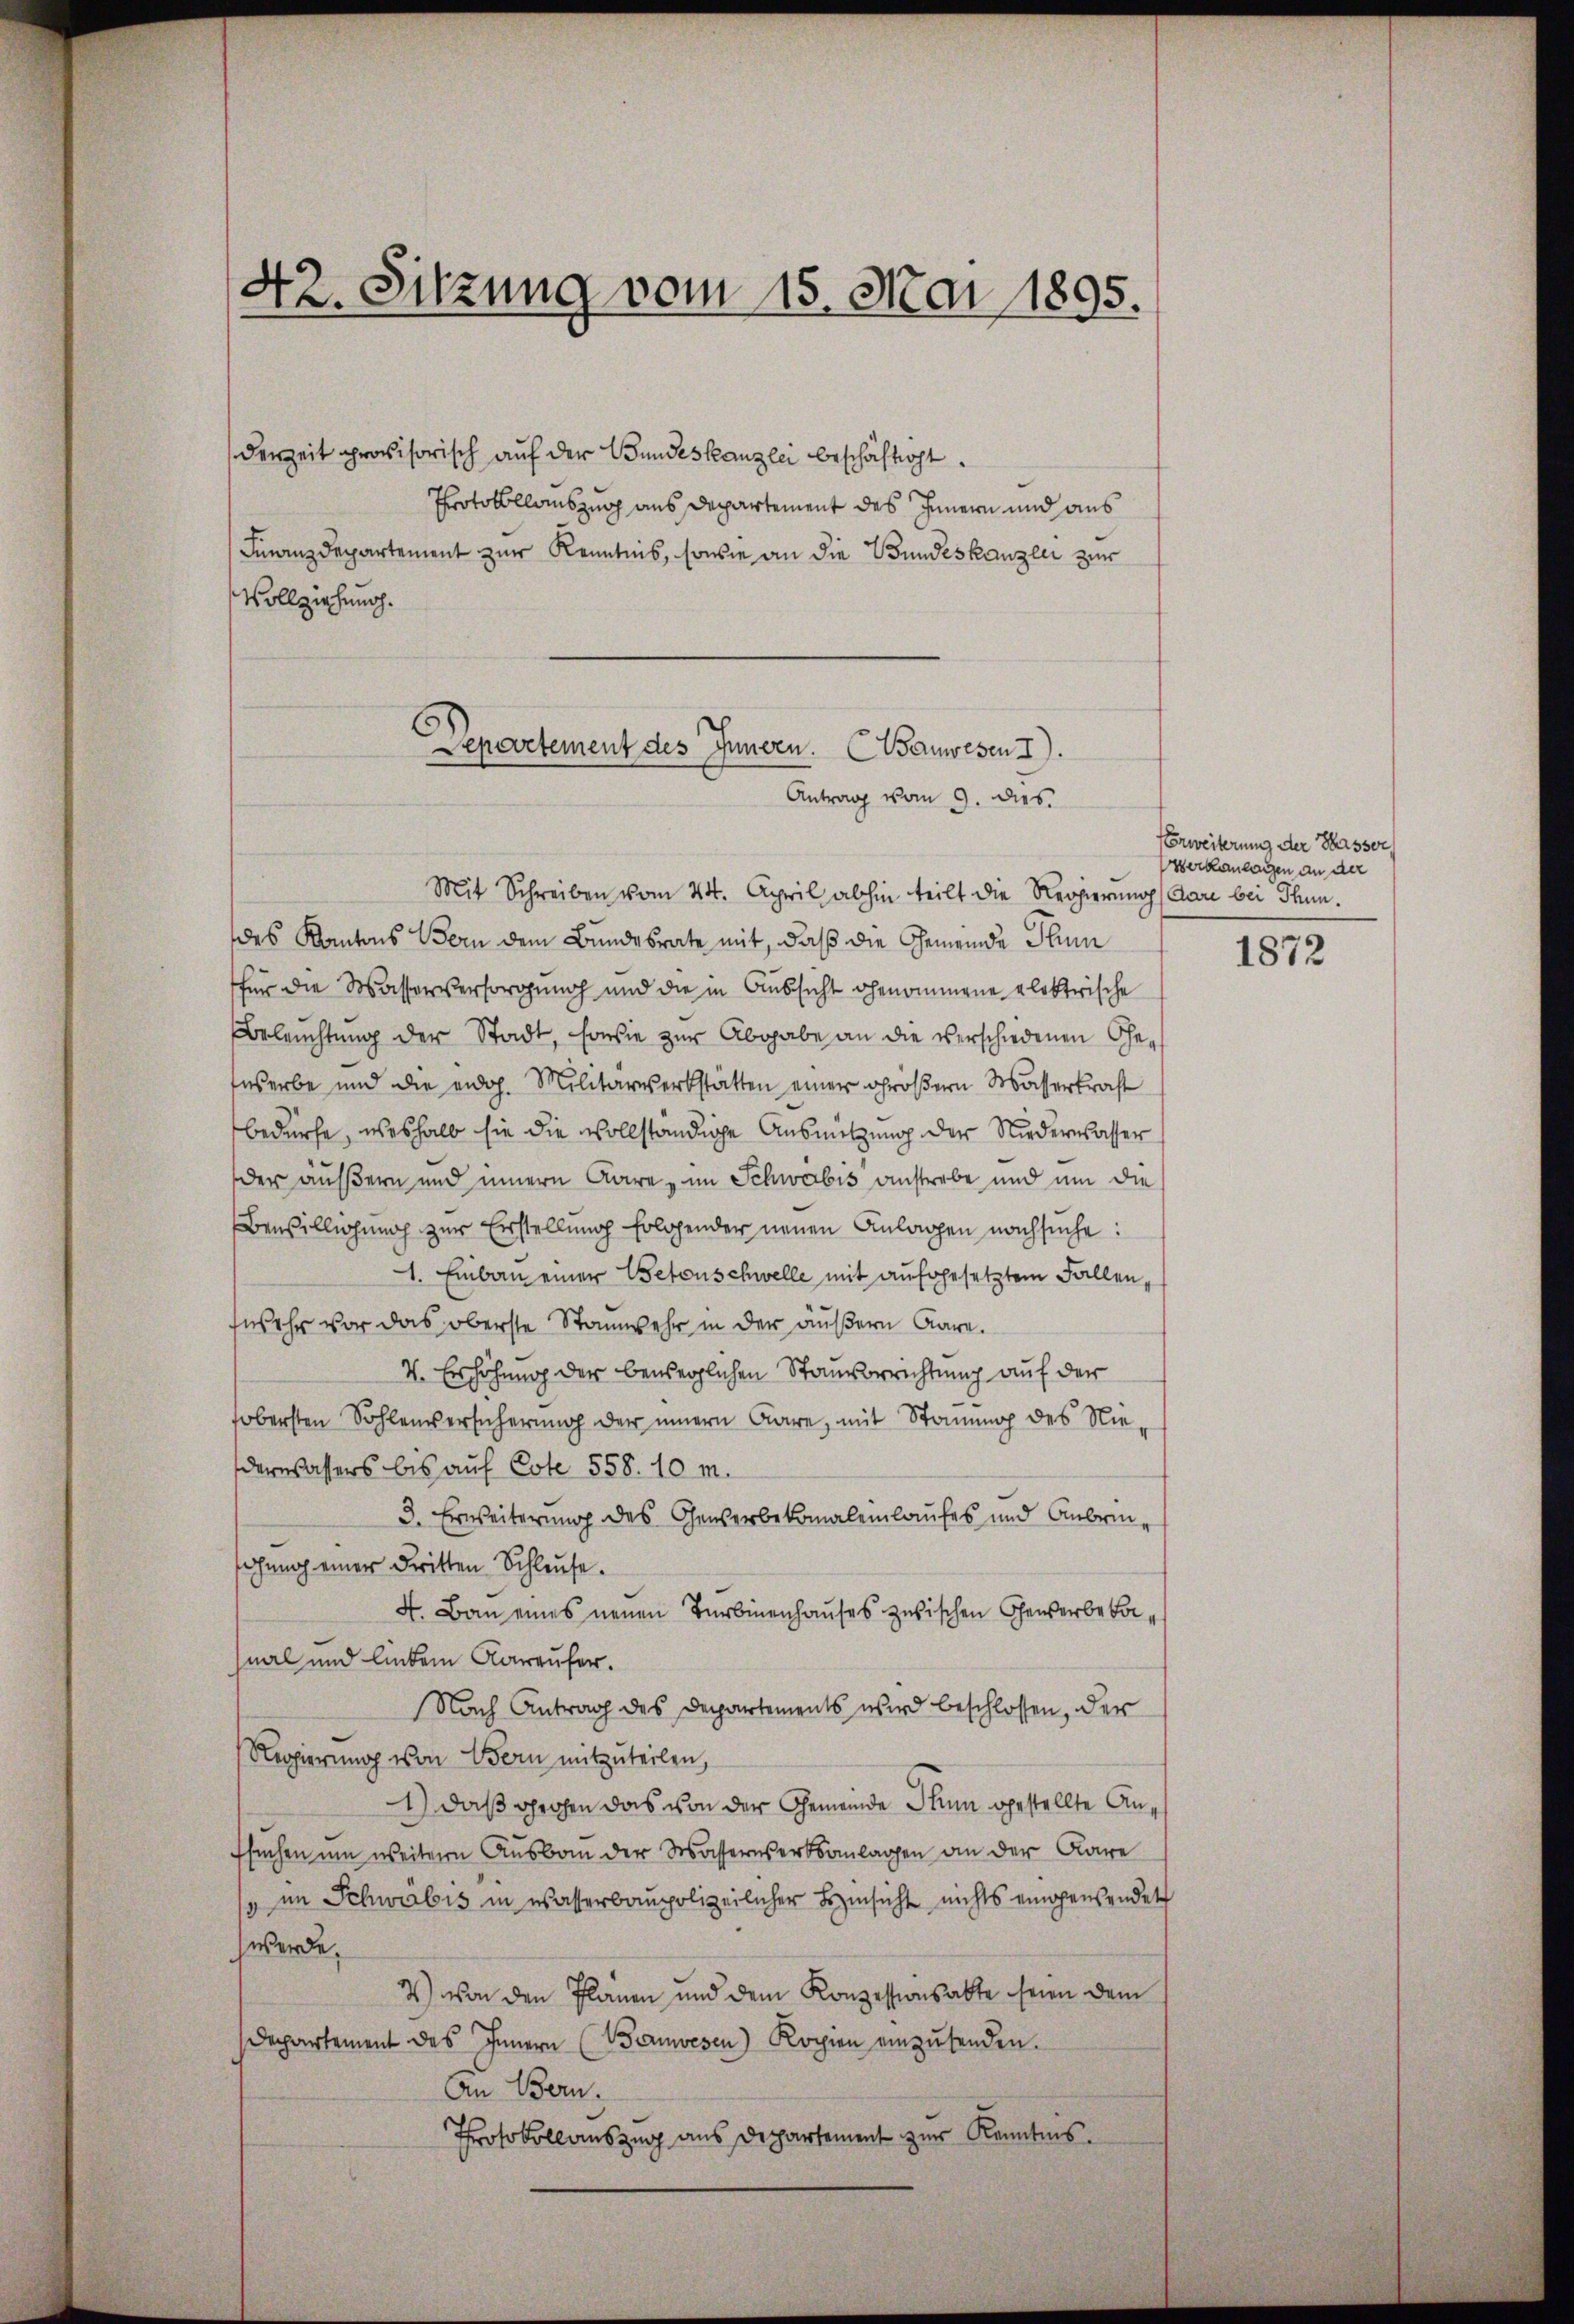
42. Sitzung vom 15. Mai 1895.

derzeit provisorisch auf der Bundeskanzlei beschäftigt.
Protokollauszug aus Departement des Innern und aus
Finanzdepartement zur Kenntnis, sowie an die Bundeskanzlei zur
Vollziehung.

Departement des Innern. (Wanwesen I.
Antrag vom 9. dies

Mit Schreiben vom 24. April abhin teilt die Regierung, dari bei Thun.
des Kantons Bern dem Bundesrate mit, daß die Gemeinde Plum
für die Wasserversorgung und die in Aussicht genommene elektrische
Beleuchtung der Stadt, sowie zur Abgabe an die verschiedenen Gewserbe und die eidg. Militärwerkstätten einer größern Wasserkraft
bedürfe, weshalb sie die vollständige Ausnützung der Niederwasser
der äußern und innern Aare, im Schwabis anstrebe und um die
Bewilligung zur Erstellung folgender neuen Anlagen nachsuche:
1. Einbau einer Betonschwelle mit aufgesetztem Fallensosehr vor das oberste Stanwehr in der äußern Aare.
V. Erhöhung der beweglichen Stanvorrichtung auf der
sobersten Sohlenversicherung der innern wäre, mit Stonung des Niederwassers bis auf Este 558. 10 m.
3. Erweiterung des Gewerbekanalemlaufes und Anbrinohung einer dritten Schleuse.
4. Bau eines neuen Turbinenhauses zwischen Gewerbebanal und lindem Karaufer.
Nach Antrag des Departements wird beschlossen, der
Regierung von Bern mitzuteilen,
1) daß großen das von der Gemeinde Thun gestellte Anfsuchen um weiteren Ausbau der Wasserwerksanlagen an der Kare
" im Schwabis in Wasserbaupolizeilicher Hinsicht nichts eingensendet
werde.
2) Von den Planen und dem Konzessionsabte seien dem
Departement des Innern (Banwesen) Kopien einzŭsenden.
An Bern.
Protokollauszug aus Departement zur Kenntnis.

Vorweiterung der Wasser
serkanlagen an der

1872